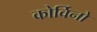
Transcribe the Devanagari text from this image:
कोर्विनो